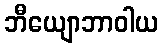
ဘီယျောဘာဝါယ